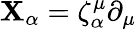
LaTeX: {\cal\mathbf{X}}_{\alpha}=\zeta_{\alpha}^{\mu}\partial_{\mu}